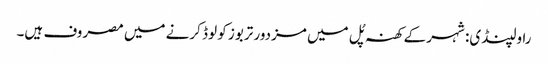
راولپنڈی: شہر کے کھنہ پُل میں مزدور تربوز کو لوڈ کرنے میں مصروف ہیں۔